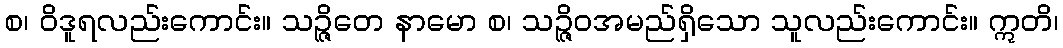
စ၊ ဝိဒူရလည်းကောင်း။ သဉ္ဇိဝော နာမော စ၊ သဉ္ဇိဝအမည်ရှိသော သူလည်းကောင်း။ ဣတိ၊